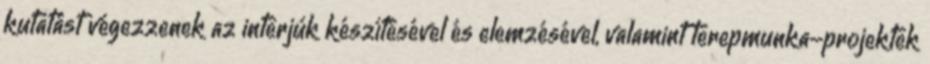
kutatást végezzenek az interjúk készítésével és elemzésével, valamint terepmunka-projektek